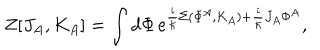
Z [ J _ { A } , K _ { A } ] = \int \mathrm { d } \Phi \, \mathrm { e } ^ { { \frac { i } { \hbar } } \Sigma ( \Phi ^ { A } , K _ { A } ) + { \frac { i } { \hbar } } J _ { A } \Phi ^ { A } } ,